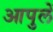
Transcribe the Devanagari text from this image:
आपुलें